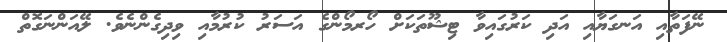
ނޭފަތާއި އަނގަޔާއި އަދި ކަރުގައިވާ ޓިޝޫތަކަށް ހޯރމޯންގެ އަސަރު ކުރުމާއި ވިދިގެންނެވެ. ލޭއަންނަގޮތް